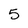
Character: 5